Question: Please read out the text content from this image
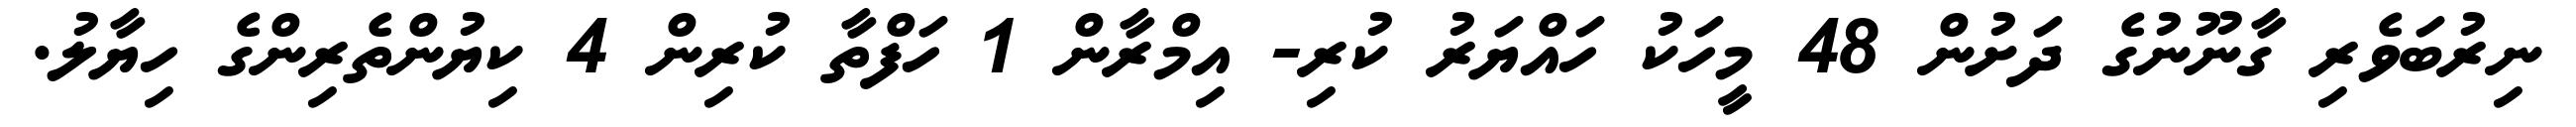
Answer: ނިރުބަވެރި ގާނޫނުގެ ދަށުން 48 މީހަކު ހައްޔަރު ކުރި- އިމްރާން 1 ހަފްތާ ކުރިން 4 ކިޔުންތެރިންގެ ހިޔާލު.